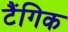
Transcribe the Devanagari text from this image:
टैंगिक